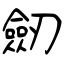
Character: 劒